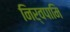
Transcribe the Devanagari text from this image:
निर्वपामि